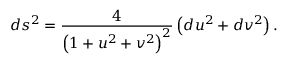
d s ^ { 2 } = { \frac { 4 } { \left( 1 + u ^ { 2 } + v ^ { 2 } \right) ^ { 2 } } } \left( d u ^ { 2 } + d v ^ { 2 } \right) .